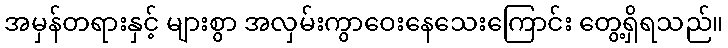
အမှန်တရားနှင့် များစွာ အလှမ်းကွာဝေးနေသေးကြောင်း တွေ့ရှိရသည်။